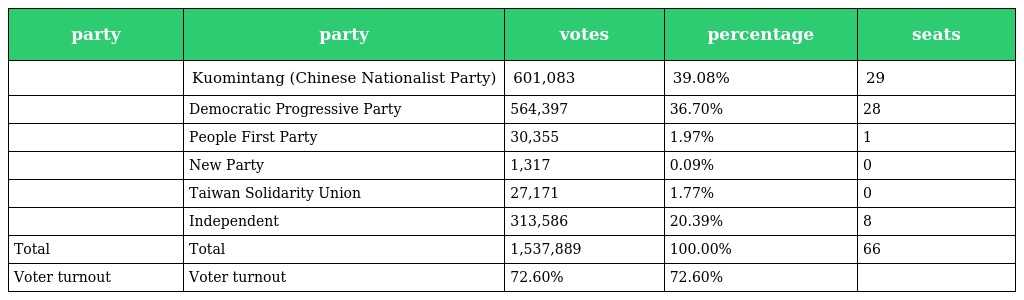
| party | party | votes | percentage | seats |
 | --- | --- | --- | --- | --- |
 |  | Kuomintang (Chinese Nationalist Party) | 601,083 | 39.08% | 29 |
 |  | Democratic Progressive Party | 564,397 | 36.70% | 28 |
 |  | People First Party | 30,355 | 1.97% | 1 |
 |  | New Party | 1,317 | 0.09% | 0 |
 |  | Taiwan Solidarity Union | 27,171 | 1.77% | 0 |
 |  | Independent | 313,586 | 20.39% | 8 |
 | Total | Total | 1,537,889 | 100.00% | 66 |
 | Voter turnout | Voter turnout | 72.60% | 72.60% |  |